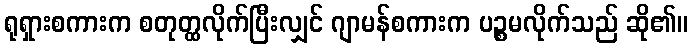
ရုရှားစကားက စတုတ္ထလိုက်ပြီးလျှင် ဂျာမန်စကားက ပဉ္စမလိုက်သည် ဆို၏။